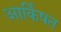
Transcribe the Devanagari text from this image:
आर्किषत